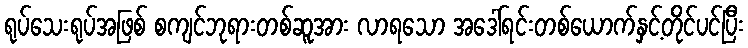
ရုပ်သေးရုပ်အဖြစ် စကျင်ဘုရားတစ်ဆူအား လာရသော အဒေါ်ရင်းတစ်ယောက်နှင့်တိုင်ပင်ပြီး